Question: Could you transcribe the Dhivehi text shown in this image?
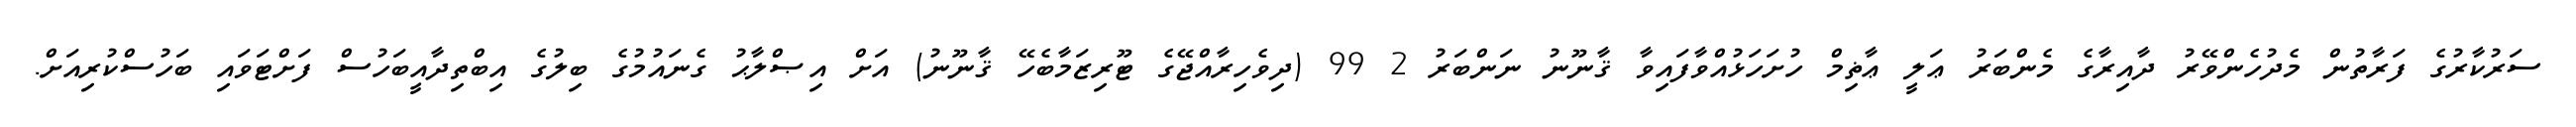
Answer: ސަރުކާރުގެ ފަރާތުން މެދުހެންވޭރު ދާއިރާގެ މެންބަރު ޢަލީ ޢާޡިމް ހުށަހަޅުއްވާފައިވާ ޤާނޫނު ނަންބަރު 2 99 (ދިވެހިރާއްޖޭގެ ޓޫރިޒަމާބެހޭ ޤާނޫނު) އަށް އިޞްލާޙު ގެނައުމުގެ ބިލުގެ އިބްތިދާއީބަހުސް ފަށްޓަވައި ބަހުސްކުރިއަށް.